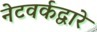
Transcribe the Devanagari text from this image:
नेटवर्कद्वारे